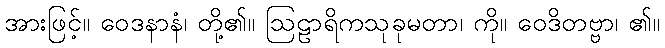
အားဖြင့်။ ဝေဒနာနံ၊ တို့၏။ ဩဠာရိကသုခုမတာ၊ ကို။ ဝေဒိတဗ္ဗာ၊ ၏။